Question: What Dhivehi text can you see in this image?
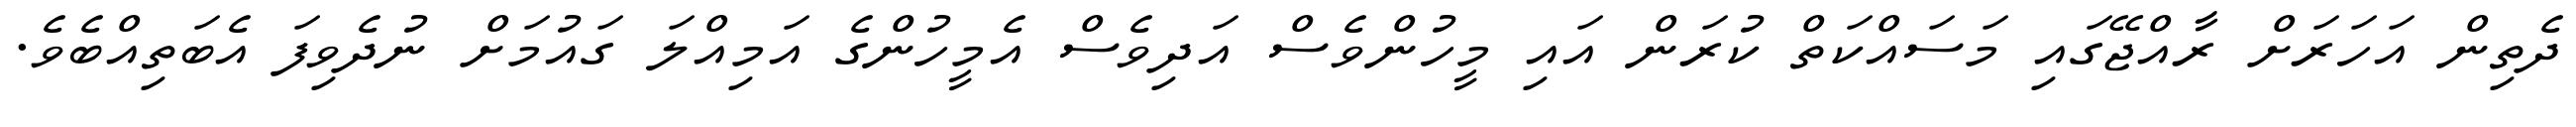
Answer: ދެތިން އަހަރަށް ރާއްޖޭގައި މަސައްކަތް ކުރަން އައި މީހުންވެސް އަދިވެސް އެމީހުންގެ އަމިއްލަ ގައުމަށް ނުދެވިފަ އެބަތިއްބެވެ.